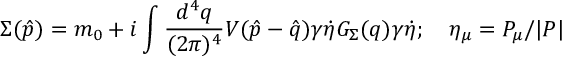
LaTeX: \Sigma ( { \hat { p } } ) = m _ { 0 } + i \int { \frac { d ^ { 4 } q } { ( 2 \pi ) ^ { 4 } } } V ( { \hat { p } } - { \hat { q } } ) \gamma \dot { \eta } G _ { \Sigma } ( q ) \gamma \dot { \eta } ; \quad \eta _ { \mu } = P _ { \mu } / { | P | }